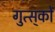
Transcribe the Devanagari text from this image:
गुत्स्‌कों